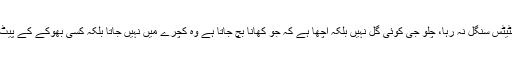
کچھ دن گزرے تھے کہ اس کا سٹیٹس سنگل نہ رہا، چلو جی کوئی گل نہیں بلکہ اچھا ہے کہ جو کھانا بچ جاتا ہے وہ کچرے میں نہیں جاتا بلکہ کسی بھوکے کے پیٹ میں جاتا ہے جو عین صدقہ ہے۔